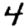
Digit: 4